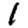
Digit: 1